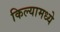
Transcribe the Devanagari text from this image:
किल्यामध्ये